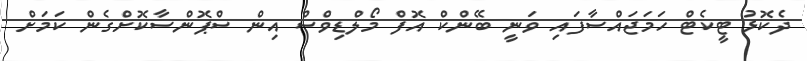
ދެކޮޅު ޓީކެޓް ހަމަޖައްސާފައި ވަނީ ބޭންކް އޮފް މޯލްޑިވްސް އިން ސްޕޮންސާކޮށްގެން ކަމަށް